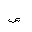
Letter: _sad